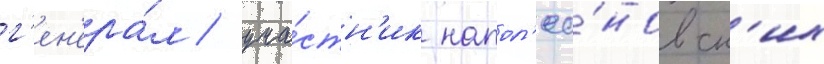
г'ен'ера́л / уча́стн'ик напол'ео́новск'их